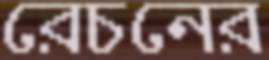
রেচনের